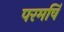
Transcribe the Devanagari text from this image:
परमर्षि